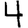
Digit: 4